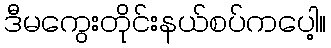
ဒီမကွေးတိုင်းနယ်စပ်ကပေါ့။